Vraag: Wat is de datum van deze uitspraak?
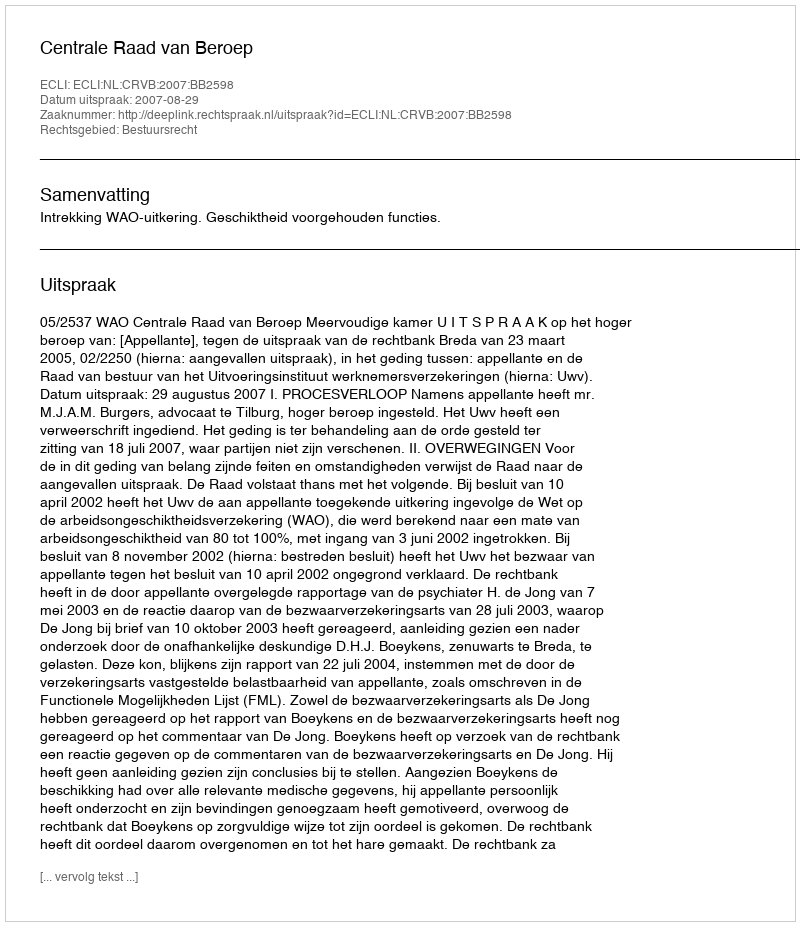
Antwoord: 2007-08-29